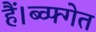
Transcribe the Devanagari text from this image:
हैं।ब्व्फ्गेत